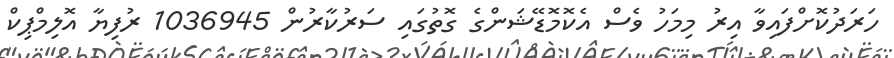
ހަރަދުކޮށްފައިވާ އިރު މިމަހު ވެސް އެކޮމޮޑޭޝަންގެ ގޮތުގައި ސަރުކާރުން 1036945 ރުފިޔާ އޮލިމްޕިކް